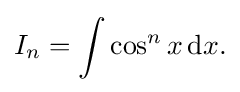
I_{n}=\int \cos ^{n}x\,{\text{d}}x.\,\!